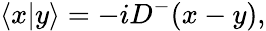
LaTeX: \langle x\vert y\rangle=-iD^{-}(x-y),